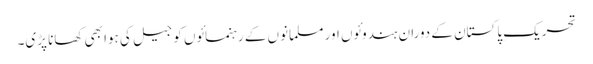
تحریکِ پاکستان کے دوران ہندوئوں اور مسلمانوں کے رہنمائوں کو جیل کی ہوا بھی کھانا پڑی۔